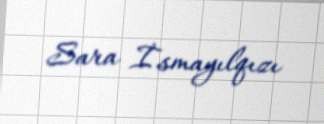
Sara İsmayılqızı